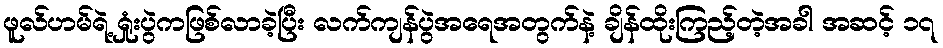
ဖူလ်ဟမ်ရဲ့ ရှုံးပွဲကဖြစ်လာခဲ့ပြီး လက်ကျန်ပွဲအရေအတွက်နဲ့ ချိန်ထိုးကြည့်တဲ့အခါ အဆင့် ၁၇